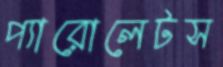
প্যারোলেটস